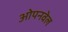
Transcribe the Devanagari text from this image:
ओपनवेल